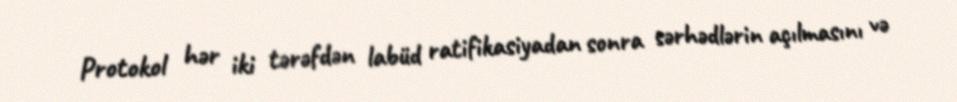
Protokol hər iki tərəfdən labüd ratifikasiyadan sonra sərhədlərin açılmasını və